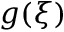
g ( \xi )